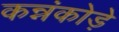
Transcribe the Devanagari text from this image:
कन्नंकोड़े